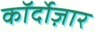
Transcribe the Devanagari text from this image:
कॉर्दोज़ार